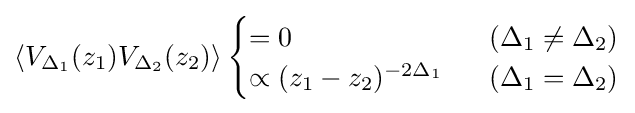
\left\langle V_{\Delta _{1}}(z_{1})V_{\Delta _{2}}(z_{2})\right\rangle {\begin{cases}=0&\ \ (\Delta _{1}\neq \Delta _{2})\\\propto (z_{1}-z_{2})^{-2\Delta _{1}}&\ \ (\Delta _{1}=\Delta _{2})\end{cases}}